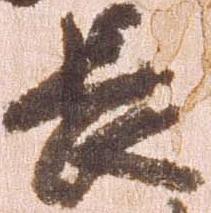
長